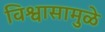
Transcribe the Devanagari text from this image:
विश्वासामुळे